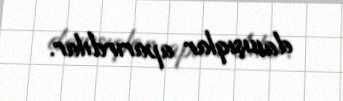
danışıqlar aparırdılar.